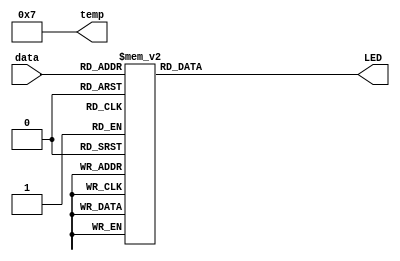
module kadai1 (data, LED, temp);
  input [3:0] data;
  output [7:0] LED;
  output [3:0] temp;
  
  wire [3:0] data;
  wire [7:0] LED;
  //wire [3:0] temp;
  
  assign LED = dec(data);
  
  assign temp = 4'b0111;
  
  function [7:0] dec;
  input [3:0] din;
  
  case(din) 
    4'b0000 : dec = 8'b0111_1110;
	 4'b0001 : dec = 8'b0011_0000;
	 4'b0010 : dec = 8'b0110_1101;
	 4'b0011 : dec = 8'b0111_1001; 
	 4'b0100 : dec = 8'b0011_0011;
	 4'b0101 : dec = 8'b0101_1011;
	 4'b0110 : dec = 8'b0101_1111;
	 4'b0111 : dec = 8'b0111_0010;	 
	 4'b1000 : dec = 8'b0111_1111;
	 4'b1001 : dec = 8'b0111_0011;
	 4'b1010 : dec = 8'b0111_0111;
	 4'b1011 : dec = 8'b0001_1111;	 
	 4'b1100 : dec = 8'b0100_1110;
	 4'b1101 : dec = 8'b0011_1101;
	 4'b1110 : dec = 8'b0100_1111;
	 4'b1111 : dec = 8'b0100_0111;
	 default : dec = 8'b0000_0000;
	 endcase
	 
endfunction	 

    
	 
endmodule